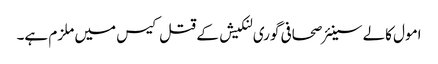
امول کالے سینئر صحافی گوری لنکیش کے قتل کیس میں ملزم ہے۔